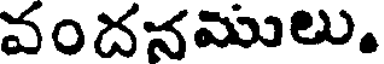
వందనములు.